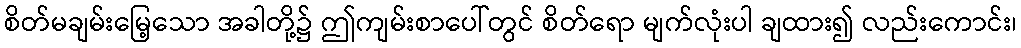
စိတ်မချမ်းမြေ့သော အခါတို့၌ ဤကျမ်းစာပေါ်တွင် စိတ်ရော မျက်လုံးပါ ချထား၍ လည်းကောင်း၊